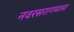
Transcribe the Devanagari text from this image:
नवरसरागमाला